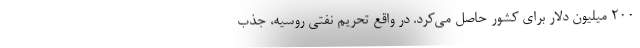
200 میلیون دلار برای كشور حاصل می‌كرد. در واقع تحریم نفتی روسیه، جذب